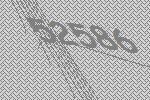
52586